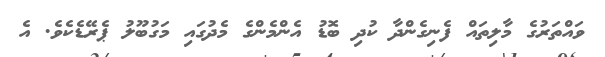
ވައްތަރުގެ މާލިތައް ފެނިގެންދާ ކުދި ބޮޑު އެންމެންގެ މެދުގައި މަގުބޫލު ޕެރޭޑެކެވެ. އެ